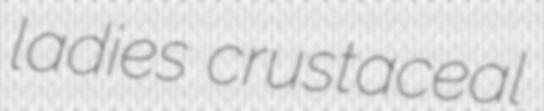
ladies crustaceal